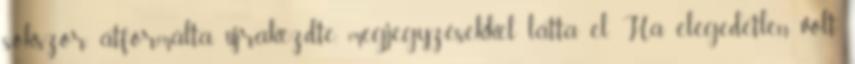
sokszor átformálta, újrakezdte, megjegyzésekkel látta el. Ha elégedetlen volt